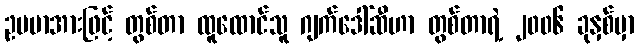
ဥပမာအားဖြင့် တွစ်တာ ထူထောင်သူ ဂျက်ဒေါ်ဆီဟာ တွစ်တာရဲ့ ၂၀၀၆ ခုနှစ်မှာ